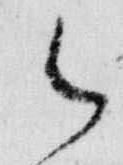
御